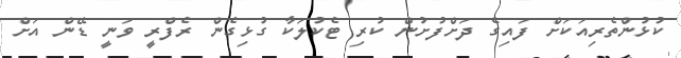
ކުޅުންތެރިއަކަށް ފައިގެ ދަށްފުށުން ކުރި ޓެކުލަކާ ގުޅިގެން ރެފްރީ ވަނީ ޑޭން އަށް